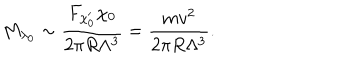
M _ { \lambda _ { 0 } } \sim { \frac { F _ { \chi _ { 0 } ^ { \prime } } \chi _ { 0 } } { 2 \pi R \Lambda ^ { 3 } } } = { \frac { m v ^ { 2 } } { 2 \pi R \Lambda ^ { 3 } } } .